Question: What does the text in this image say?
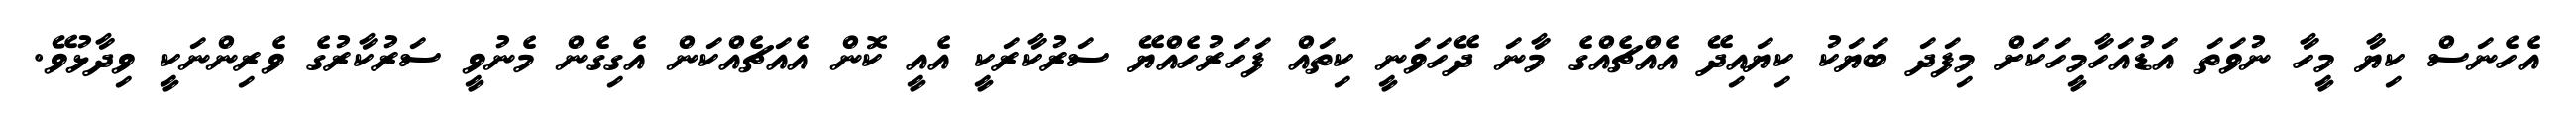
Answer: އެހެނަސް ކިޔާ މީހާ ނުވަތަ އަޑުއަހާމީހަކަށް މިފަދަ ބަޔަކު ކިޔައިދޭ އެއްޗެއްގެ މާނަ ދޭހަވަނީ ކިތައް ފަހަރުހެއްޔޭ ސަރުކާރަކީ އެއީ ކޮން އެއަޗެއްކަން އެގިގެން މެނުވީ ސަރުކާރުގެ ވެރިންނަކީ ވިދާޅުވޭ.